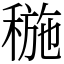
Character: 𥠥